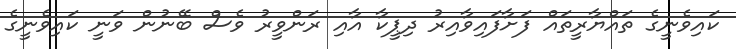
ކައިވެނީގެ ތައްޔާރީތައް ފަށާފައިވާއިރު ދިޕީކާ އާއި ރަންވީރު ވެސް ބޭނުން ވަނީ ކައިވެނީގެ